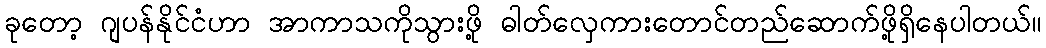
ခုတော့ ဂျပန်နိုင်ငံဟာ အာကာသကိုသွားဖို့ ဓါတ်လှေကားတောင်တည်ဆောက်ဖို့ရှိနေပါတယ်။